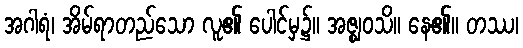
အဂါရံ၊ အိမ်ရာတည်သော လူ၏ ပေါင်မှ၌။ အဇ္ဈဝသိ။ နေ၏။ တဿ၊